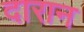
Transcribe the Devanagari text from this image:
दारान